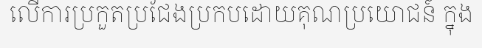
លើការប្រកួតប្រជែងប្រកបដោយគុណប្រយោជន៍ ក្នុង